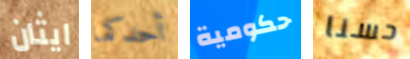
ايثان أحدكما حكومية حسنا